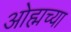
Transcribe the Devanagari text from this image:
ओह्मच्या